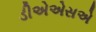
ડીએએસએ